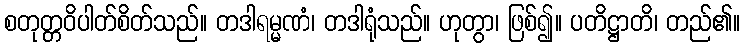
စတုတ္တဝိပါတ်စိတ်သည်။ တဒါရမ္မဏံ၊ တဒါရုံသည်။ ဟုတွာ၊ ဖြစ်၍။ ပတိဋ္ဌာတိ၊ တည်၏။